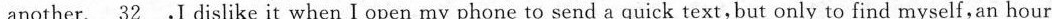
another. \underline{32} ,I dislike it when I open my phone to send a quick text,but only to find myself, an hour